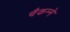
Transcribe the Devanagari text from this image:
चैकन्ने